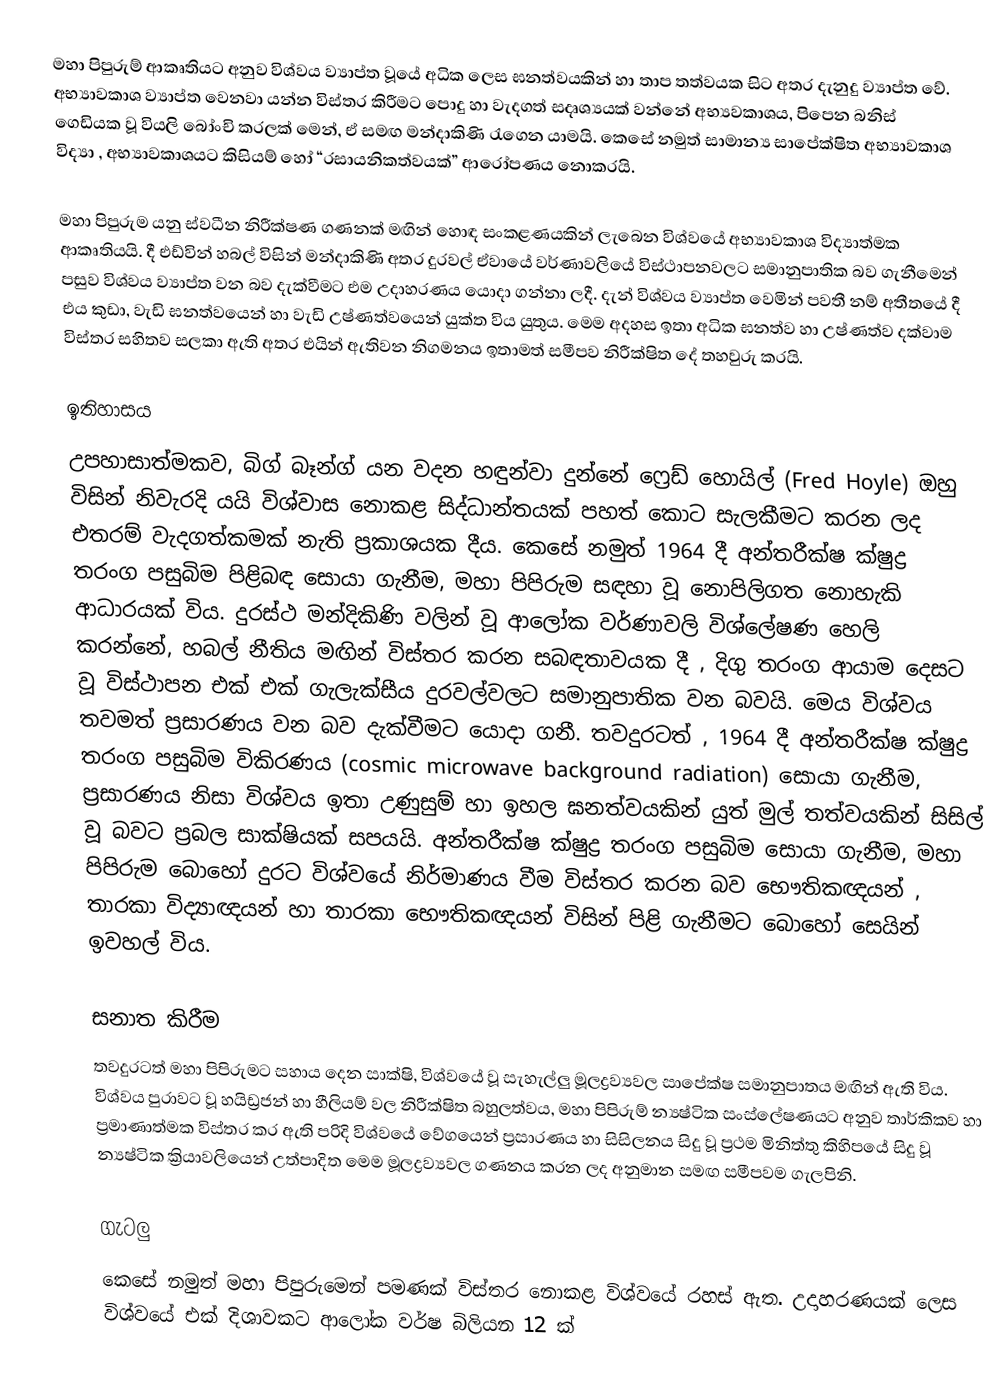
මහා පිපුරුම් ආකෘතියට අනුව විශ්වය ව්‍යාප්ත වූයේ අධික ලෙස ඝනත්වයකින් හා තාප තත්වයක සිට අතර දැනුදු ව්‍යාප්ත වේ. අභ්‍යාවකාශ ව්‍යාප්ත වෙනවා යන්න විස්තර කිරීමට පොදු හා වැදගත් සදෘශ්‍යයක් වන්නේ අභ්‍යවකාශය, පිපෙන බනිස් ගෙඩියක වූ වියලි බෝංචි කරලක්  මෙන්, ඒ සමඟ මන්දාකිණි රැගෙන යාමයි. කෙසේ නමුත් සාමාන්‍ය සාපේක්ෂිත අභ්‍යාවකාශ විද්‍යා , අභ්‍යාවකාශයට කිසියම් හෝ “‍රසායනිකත්වයක්” ආරෝපණය නොකරයි.

මහා පිපුරුම යනු ස්වධීන නිරීක්ෂණ ගණනක් මඟින් හොඳ සංකළණයකින් ලැබෙන විශ්වයේ අභ්‍යාවකාශ විද්‍යාත්මක ආකෘතියයි.  දී එඩ්වින් හබල් විසින් මන්දාකිණි අතර දුරවල් ඒවායේ වර්ණාවලියේ විස්ථාපනවලට සමානුපාතික බව ගැනීමෙන් පසුව විශ්වය ව්‍යාප්ත වන බව දැක්වීමට එම උදාහරණය යොදා ගන්නා ලදී. දැන් විශ්වය ව්‍යාප්ත වෙමින් පවතී නම් අතීතයේ දී එය කුඩා, වැඩි ඝනත්වයෙන් හා වැඩි උෂ්ණත්වයෙන් යුක්ත විය යුතුය. මෙම අදහස ඉතා අධික ඝනත්ව හා උෂ්ණත්ව දක්වාම විස්තර සහිතව සලකා ඇති අතර එයින් ඇතිවන නිගමනය ඉතාමත් සමීපව නිරීක්ෂිත දේ තහවුරු කරයි.

ඉතිහාසය
උපහාසාත්මකව, බිග් බෑන්ග් යන වදන හඳුන්වා දු‍න්නේ ෆ්‍රෙඩ් ‍හොයිල් (Fred Hoyle) ඔහු විසින් නිවැරදි යයි විශ්වාස නොකළ සිද්ධාන්තයක් පහත් කොට සැලකීමට කරන ලද එතරම් වැදගත්කමක් නැති ප්‍රකාශයක දීය. කෙසේ නමුත් 1964 දී අන්තරීක්ෂ ක්ෂුද්‍ර තරංග පසුබිම පිළිබඳ සොයා ගැනීම, මහා පිපිරුම සඳහා වූ නොපිලිගත නොහැකි ආධාරයක් විය. දුරස්ථ මන්දිකිණි වලින් වූ ආලෝක වර්ණාවලි විශ්ලේෂණ හෙලි කරන්නේ, හබල් නීතිය මඟින් විස්තර කරන සබඳතාවයක දී , දිගු තරංග ආයාම දෙසට වූ විස්ථාපන එක් එක් ගැලැක්සීය දුරවල්වලට සමානුපාතික වන බවයි. මෙය විශ්වය තවමත් ප්‍රසාරණය වන බව දැක්වීමට යොදා ගනී. තවදුරටත් , 1964 දී අන්තරීක්ෂ ක්ෂුද්‍ර තරංග පසුබිම විකිරණය (cosmic microwave background radiation) සොයා ගැනීම, ප්‍රසාරණය නිසා විශ්වය ඉතා උණුසුම් හා ඉහල ඝනත්වයකින් යුත් මුල් තත්වයකින් සිසිල් වූ බවට ප්‍රබල සාක්ෂියක් සපයයි. අන්තරීක්ෂ ක්ෂුද්‍ර තරංග පසුබිම සොයා ගැනීම, මහා පිපිරුම බොහෝ දුරට විශ්වයේ නිර්මාණය වීම විස්තර කරන බව භෞතිකඥයන් , තාරකා විද්‍යාඥයන් හා තාරකා භෞතිකඥයන් විසින් පිළි ගැනීමට බොහෝ සෙයින් ඉවහල් විය.

සනාත කිරීම
තවදුරටත් මහා පිපිරුමට සහාය දෙන සාක්ෂි, විශ්වයේ වූ සැහැල්ලු මූලද්‍රව්‍යවල සාපේක්ෂ සමානුපාතය මඟින් ඇති විය. විශ්වය පුරාවට වූ හයිඩ්‍රජන් හා හීලියම් වල නිරීක්ෂිත බහුලත්වය, මහා පිපිරුම් න්‍යෂ්ටික සංස්ලේෂණයට අනුව තාර්කිකව හා ප්‍රමාණාත්මක විස්තර කර ඇති පරිදි විශ්වයේ වේගයෙන් ප්‍රසාරණය හා සිසිලනය සිදු වූ ප්‍රථම මිනිත්තු කිහිපයේ සිදු වූ න්‍යෂ්ටික ක්‍රියාවලියෙන් උත්පාදිත මෙම මූලද්‍රව්‍යවල ගණනය කරන ලද අනුමාන සමඟ සමීපවම ගැලපිනි.

ගැටලු
කෙසේ නමුත් මහා පිපුරුමෙන් පමණක් විස්තර නොකළ විශ්වයේ රහස් ඇත. උදාහරණයක් ලෙස විශ්වයේ එක් දිශාවකට ආලෝක වර්ෂ බිලියන 12 ක්